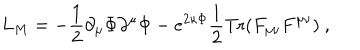
L _ { M } = - \frac { 1 } { 2 } \partial _ { \mu } \Phi \partial ^ { \mu } \Phi - e ^ { 2 \kappa \Phi } \frac { 1 } { 2 } \mathrm { T r } ( F _ { \mu \nu } F ^ { \mu \nu } ) \ ,